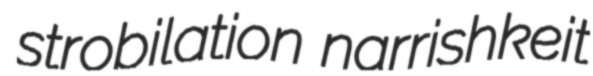
strobilation narrishkeit